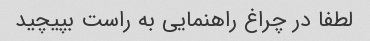
لطفا در چراغ راهنمایی به راست بپیچید